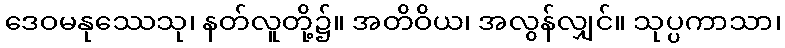
ဒေဝမနုဿေသု၊ နတ်လူတို့၌။ အတိဝိယ၊ အလွန်လျှင်။ သုပ္ပကာသာ၊